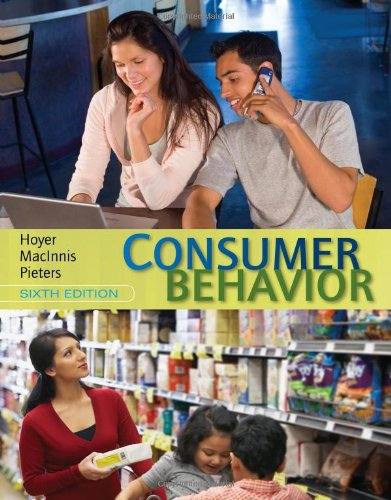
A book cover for Consumer Behavior; Wayne D. Hoyer; Business & Money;